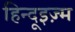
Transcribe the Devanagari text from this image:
हिन्दूइज़्म